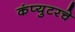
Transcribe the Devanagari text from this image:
कंप्युटरचे